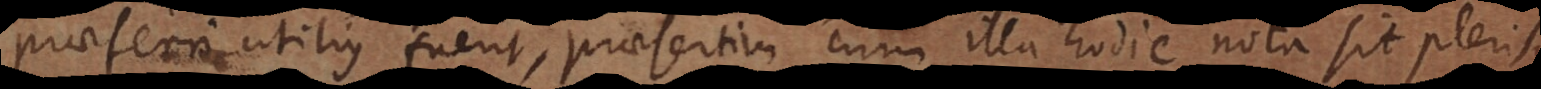
praeferri utilius fuerit, praesertim cum illa hodie nota sit pleris